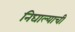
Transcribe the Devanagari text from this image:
निघाल्याची